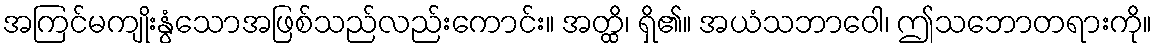
အကြင်မကျိုးနွံသောအဖြစ်သည်လည်းကောင်း။ အတ္ထိ၊ ရှိ၏။ အယံသဘာဝေါ၊ ဤသဘောတရားကို။